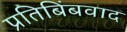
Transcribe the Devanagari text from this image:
प्रतिबिंबवाद